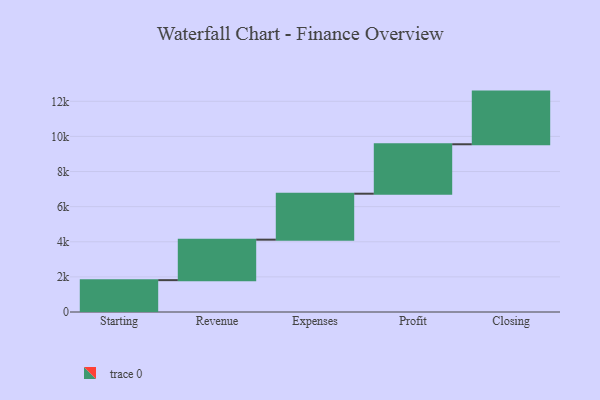
{"axis": {"x": "Step", "y": "Value"}, "legend": [""], "data": [{"x": "Starting", "y": 1814.0, "type": ""}, {"x": "Revenue", "y": 2306.0, "type": ""}, {"x": "Expenses", "y": 2618.0, "type": ""}, {"x": "Profit", "y": 2815.0, "type": ""}, {"x": "Closing", "y": 3000, "type": ""}]}